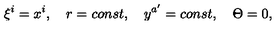
\xi ^ { i } = x ^ { i } , \quad r = c o n s t , \quad y ^ { a ^ { \prime } } = c o n s t , \quad \Theta = 0 ,